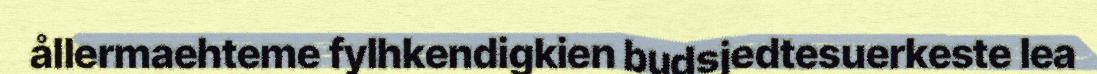
ållermaehteme fylhkendigkien budsjedtesuerkeste lea